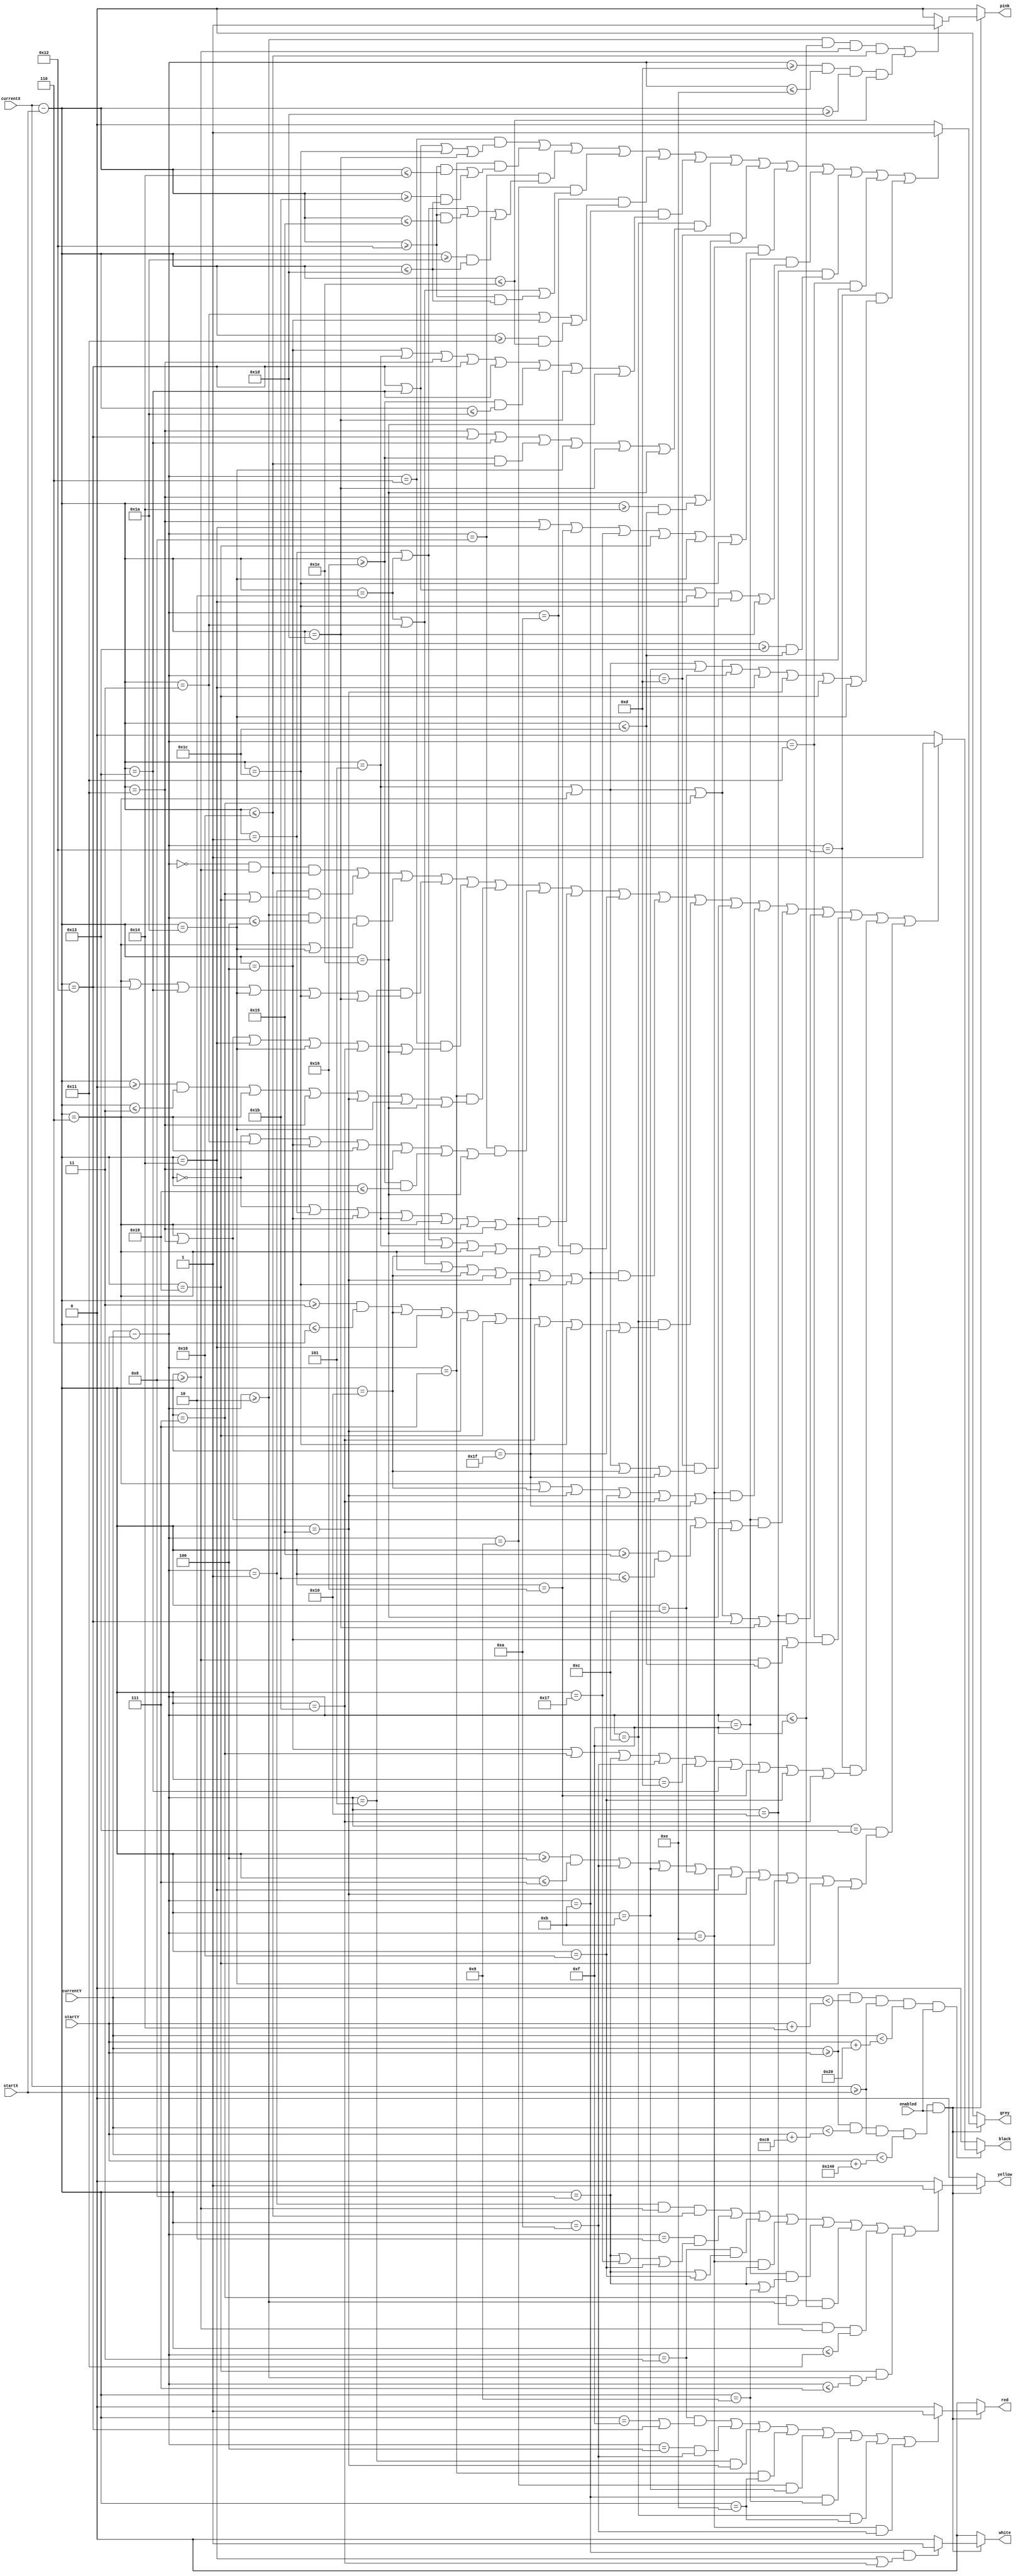
`timescale 1ns / 1ps
//////////////////////////////////////////////////////////////////////////////////
// Company: 
// Engineer: 
// 
// Design Name: 
// Module Name: draw_mao
// Project Name: 
// Target Devices: 
// Tool Versions: 
// Description: 
// 
// Dependencies: 
// 
// Revision:
// Revision 0.01 - File Created
// Additional Comments:
// 
//////////////////////////////////////////////////////////////////////////////////


module Draw_Mao(
    input enabled,
    input [8:0] currentX,
    input [8:0] currentY,
    input [8:0] startX,
    input [8:0] startY,
    output black,
    output grey,
    output white,
    output red,
    output pink,
    output yellow
    );
    
    wire [8:0] thisX = currentX - startX;
    wire [8:0] thisY = currentY - startY;
    
    assign black = 
    //check for boundaries and enabled
    (currentY >= startY && currentY < startY + 20 && currentX >= startX && currentY < startY + 32 && enabled) ?
    ((thisY == 0 && thisX >= 8 && thisX <= 24) || 
    (thisY == 1 && (thisX == 7 || thisX == 25)) ||
    ((thisY >= 2 && thisY <= 4) && (thisX == 6 || thisX == 26)) ||
    (thisY == 5 && (thisX == 6 || thisX == 18 || thisX == 19 || thisX == 26 || thisX == 28 || thisX == 29)) || 
    (thisY == 6 && (thisX == 6 || thisX == 17 || thisX == 20 || thisX == 26 || thisX == 27 || thisX == 30)) ||
    (thisY == 7 && ((thisX >= 0 && thisX <= 3) || thisX == 6 || thisX == 17 || thisX == 21 || thisX == 26 || thisX == 30)) ||
    (thisY == 8 && (thisX == 0 || thisX == 3 || thisX == 4 || thisX == 6 || thisX == 17 || (thisX >= 22 && thisX <= 25) || thisX == 30)) ||
    (thisY == 9 && (thisX == 0 || thisX == 1 || thisX == 4 || thisX == 5 || thisX == 6 || thisX == 17 || thisX == 30)) ||
    (thisY == 10 && (thisX == 1 || thisX == 2 || thisX == 5 || thisX == 6 || thisX == 16 || thisX == 31)) ||
    (thisY == 11 && (thisX == 2 || thisX == 3 || thisX == 6 || thisX == 16 || thisX == 21 || thisX == 28 || thisX == 31)) ||
    (thisY == 12 && ((thisX >= 3 && thisX <= 6) || thisX == 16 || thisX == 20 || thisX == 21 || thisX == 25 || thisX == 27 || thisX == 28 || thisX == 31)) ||
    (thisY == 13 && (thisX == 5 || thisX == 6 || thisX == 16 || thisX == 31)) ||
    (thisY == 14 && (thisX == 6 || thisX == 16 || thisX == 21 || thisX == 24 || thisX == 27 || thisX == 31)) ||
    (thisY == 15 && (thisX == 6 || thisX == 17 || (thisX >= 21 && thisX <= 27) || thisX == 30)) ||
    (thisY == 16 && (thisX == 5 || thisX == 6 || thisX == 7 || thisX == 18 || thisX == 29)) ||
    (thisY == 17 && (thisX == 4 || (thisX >= 8 && thisX <= 28))) ||
    (thisY == 18 && (thisX == 4 || thisX == 7 || thisX == 8 || thisX == 10 || thisX == 13 || thisX == 19 || thisX == 22 || thisX == 24 || thisX == 27)) ||
    (thisY == 19 && ((thisX >= 4 && thisX <= 7) || thisX == 10 || thisX == 11 || thisX == 12 || thisX == 20 || thisX == 21 || thisX == 22 || thisX == 25 || thisX == 26))
    ? 1 : 0)
    : 0;
    
    
    assign grey = 
    //check for boundaries and enabled
    (currentY >= startY && currentY < startY + 200 && currentX >= startX && currentY < startY + 320 && enabled) ?
    ((thisY == 6 && (thisX == 18 || thisX == 19 || thisX == 28 || thisX == 29)) ||
    (thisY == 7 && ((thisX >= 18 && thisX <= 20) || (thisX >= 27 && thisX <= 29))) ||
    (thisY == 8 && (thisX == 1 || thisX == 2 || (thisX >= 18 && thisX <= 21) || (thisX >= 26 && thisX <= 29))) ||
    (thisY == 9 && (thisX == 2 || thisX == 3 || (thisX >= 18 && thisX <= 29))) ||
    (thisY == 10 && (thisX == 3 || thisX == 4 || (thisX >= 17 && thisX <= 30))) ||
    (thisY == 11 && (thisX == 4 || thisX == 5 || thisX == 17 || thisX == 18 || thisX == 19 || (thisX >= 22 && thisX <= 26) || thisX == 29 || thisX == 30)) ||
    (thisY == 12 && (thisX == 17 || thisX == 18 || thisX == 19 || (thisX >= 22 && thisX <= 24) || thisX == 26 || thisX == 29 || thisX == 30 )) ||
    (thisY == 13 && (thisX == 17 || (thisX >= 20 && thisX <= 28))) ||
    (thisY == 14 && (thisX == 17 || thisX == 20 || thisX == 22 || thisX == 23 || thisX == 25 || thisX == 26 || thisX == 28)) ||
    (thisY == 15 && (thisX == 18 || thisX == 19 || thisX == 20 || thisX == 28 || thisX == 29)) ||
    (thisY == 16 && (thisX >= 19 && thisX <= 28)) ||
    (thisY == 17 && (thisX == 5 || thisX == 6 || thisX == 7)) ||
    (thisY == 18 && (thisX == 5 || thisX == 6 || thisX == 11 || thisX == 12 || thisX == 20 || thisX == 21 || thisX == 25 || thisX == 26))
    ? 1 : 0)
    : 0;
    
    
    assign white = 
    //check for boundaries and enabled
    (currentY >= startY && currentY < startY + 200 && currentX >= startX && currentY < startY + 320 && enabled) ?
    (thisY == 11 && (thisX == 20 || thisX == 27)) ? 1 : 0
    : 0;
    
    
    assign red = 
    //check for boundaries and enabled
    (currentY >= startY && currentY < startY + 200 && currentX >= startX && currentY < startY + 320 && enabled) ?
    (thisY == 3 && (thisX == 15 || thisX == 18)) ||
    (thisY == 4 && (thisX == 10)) ||
    (thisY == 5 && (thisX == 21)) ||
    (thisY == 7 && (thisX == 14)) ||
    (thisY == 9 && (thisX == 11)) ||
    (thisY == 11 && (thisX == 9)) ||
    (thisY == 12 && (thisX == 14)) ||
    (thisY == 14 && (thisX == 10))
    ? 1 : 0
    : 0;
    
    
    assign pink = 
    //check for boundaries and enabled
    (currentY >= startY && currentY < startY + 200 && currentX >= startX && currentY < startY + 320 && enabled) ?
    (thisY >= 2 && thisY <= 15 && thisX >= 8 && thisX <= 24) ||
    (thisY >= 13 && thisY <= 14 && thisX >= 29 && thisX <= 30)
    ? 1 : 0
    : 0;
    
    
    assign yellow = 
    //check for boundaries and enabled
    (currentY >= startY && currentY < startY + 200 && currentX >= startX && currentY < startY + 320 && enabled) ?
    (thisY == 1 && thisX >= 8 && thisX <= 24) ||
    (thisY == 2 && (thisX == 8 || thisX == 23 || thisX == 24)) ||
    (thisY == 3 && (thisX == 8 || thisX == 24)) ||
    (thisY == 14 && (thisX == 8)) ||
    (thisY == 15 && (thisX == 8 || thisX == 9)) ||
    (thisX == 7 && thisY >= 2 && thisY <= 15) ||
    (thisY == 16 && thisX >= 8 && thisX <= 17) || 
    (thisX == 25 && (thisY >= 2 && thisY <= 7))
    ? 1 : 0
    : 0;
endmodule